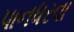
પાનધરવા